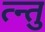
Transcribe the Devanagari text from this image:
त्न्तु